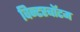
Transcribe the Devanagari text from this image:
विन्टरबॉटम